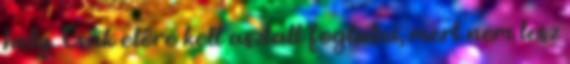
hely. Csak előre kell asztalt foglalni, mert nem lesz